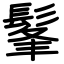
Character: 髼